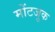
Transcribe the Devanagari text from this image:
मोंटजुक